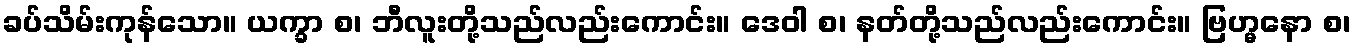
ခပ်သိမ်းကုန်သော။ ယက္ခာ စ၊ ဘီလူးတို့သည်လည်းကောင်း။ ဒေဝါ စ၊ နတ်တို့သည်လည်းကောင်း။ ဗြဟ္မနော စ၊